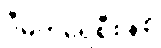
ဒီမိုကရေစီစနစ်